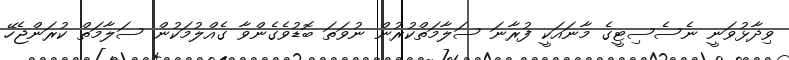
ވިދާޅުވަނީ ނެސެސިޓީގެ މާނައަކީ ފުރާނަ ސަލާމަތްކުރުން ނުވަތަ ބޮޑުވެގެންވާ ގެއްލުމަކުން ސަލާމަތް ކުރަންޖެހޭ